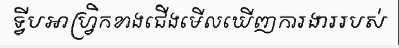
ទ្វីបអាហ្វ្រិកខាងជើងមើលឃើញការងាររបស់